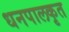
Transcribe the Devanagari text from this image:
धनपालकृत